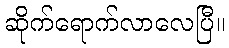
ဆိုက်ရောက်လာလေပြီ။